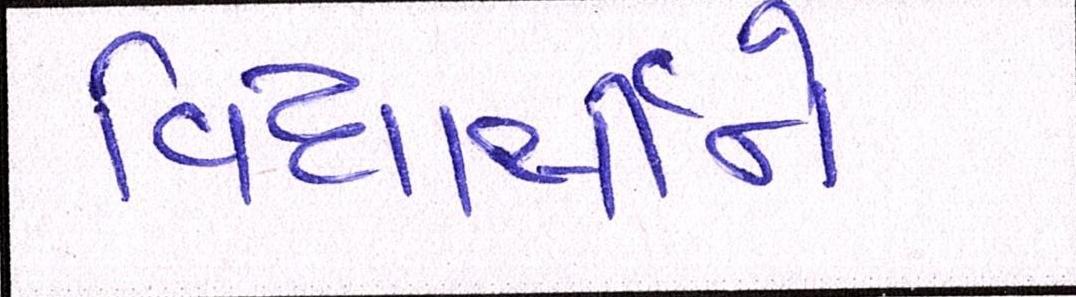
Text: વિદ્યાર્થીને